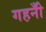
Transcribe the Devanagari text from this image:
गहनोँ